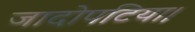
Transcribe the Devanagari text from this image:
जादोपटिया।